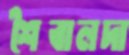
শৈবালদা